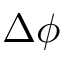
\Delta \phi